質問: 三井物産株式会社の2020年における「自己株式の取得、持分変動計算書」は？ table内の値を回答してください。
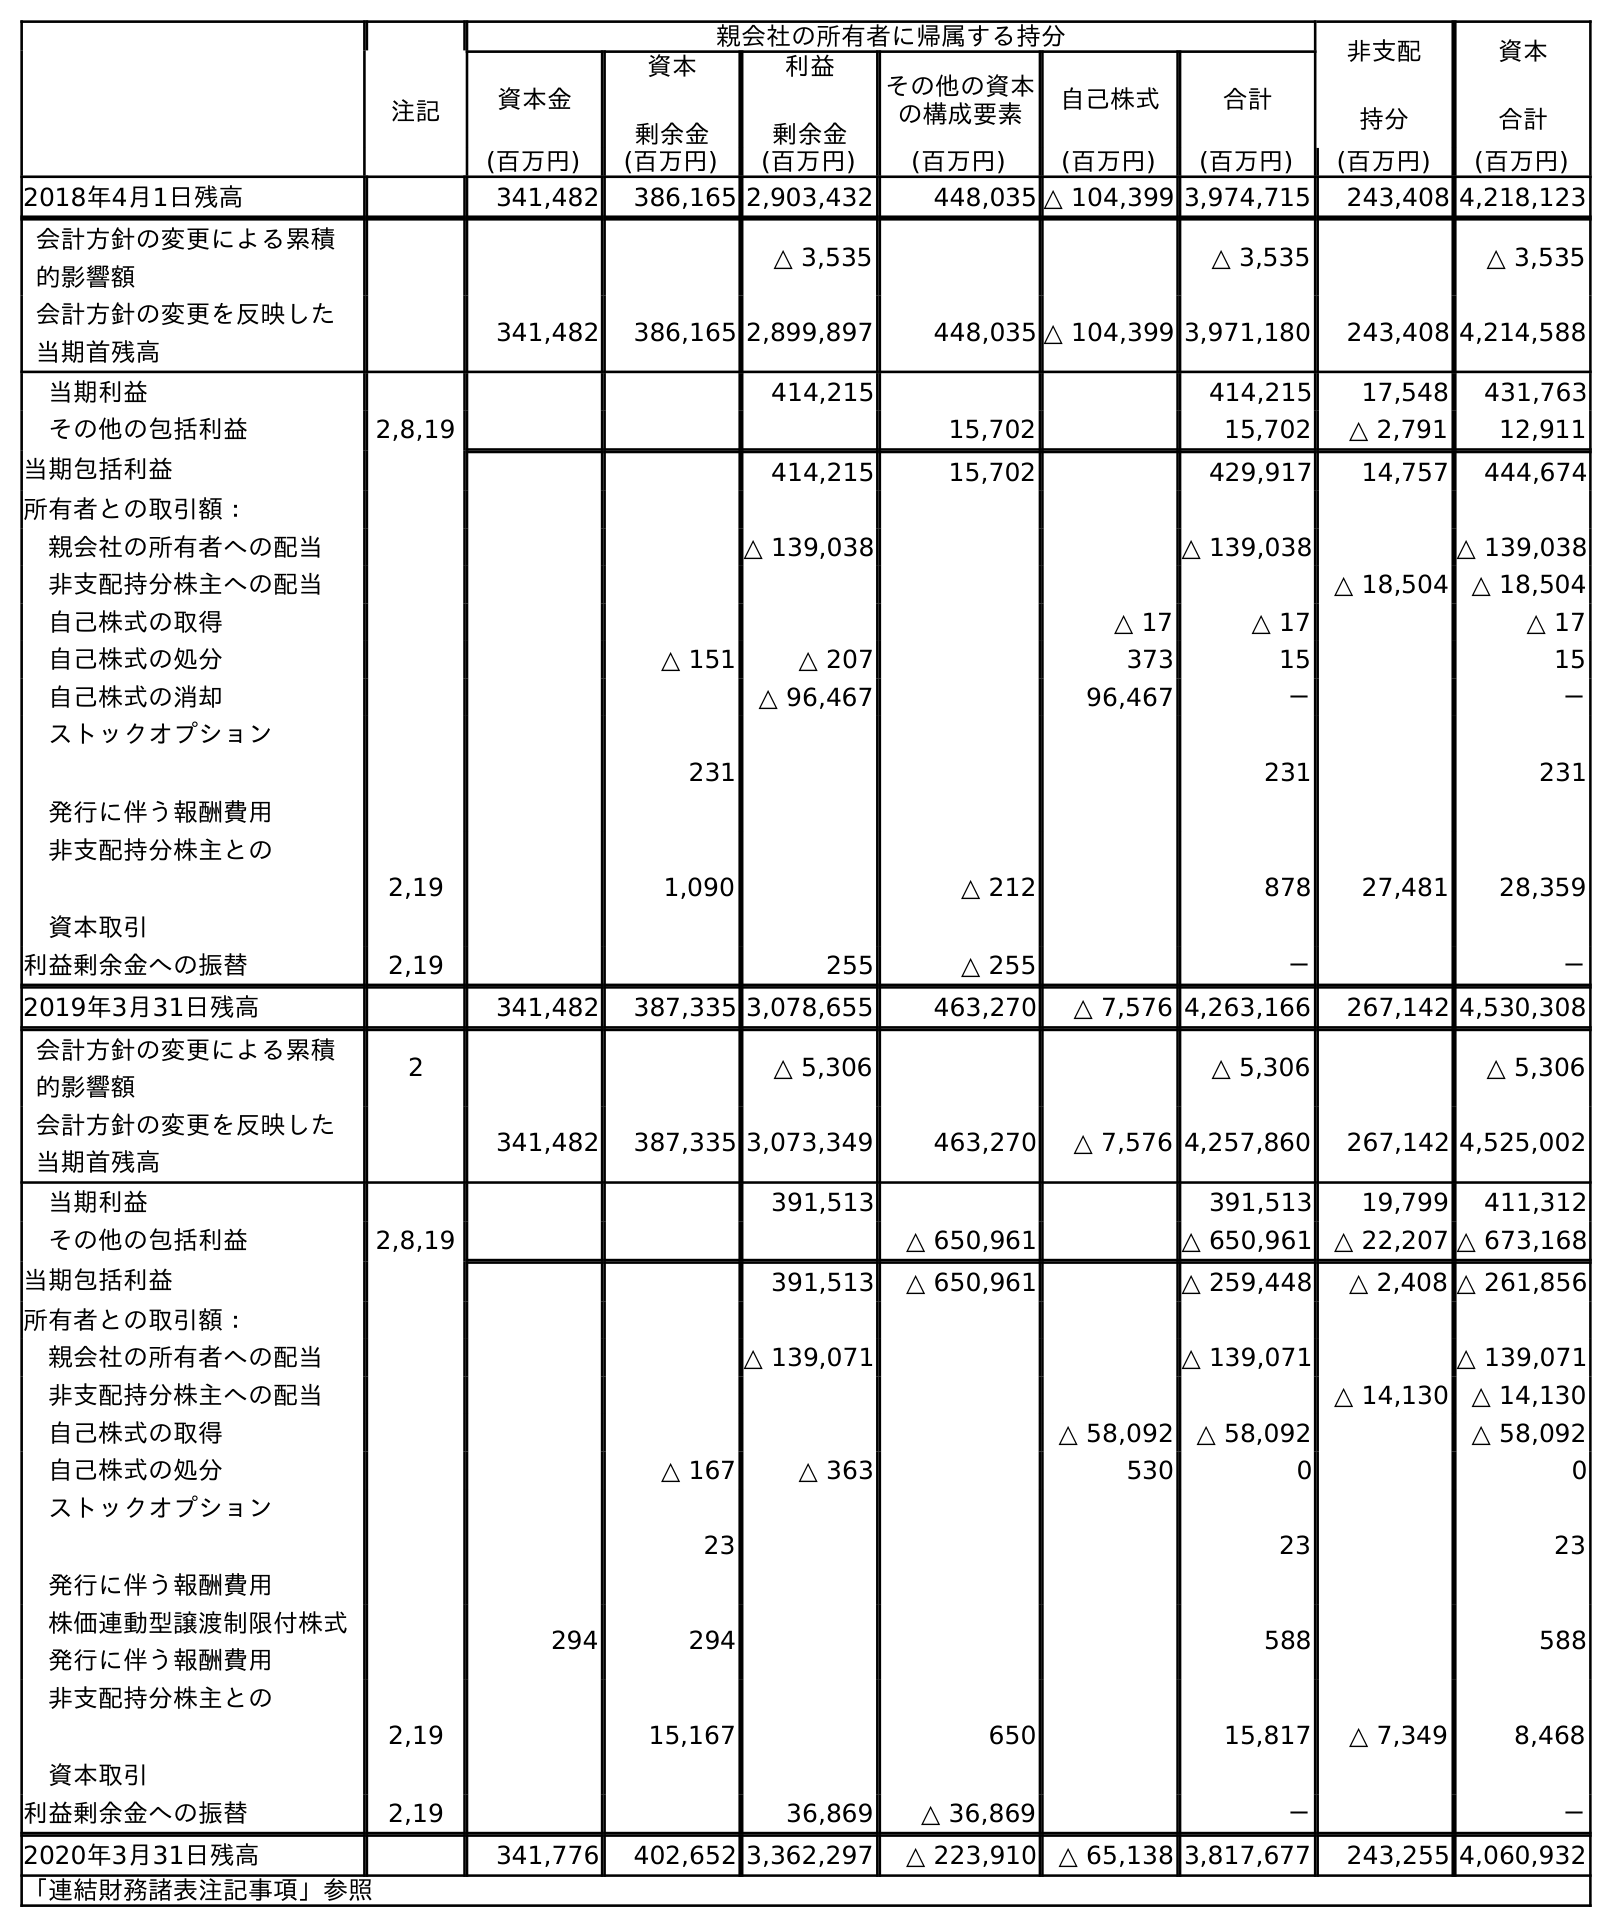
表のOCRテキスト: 親会社の所有者に帰属する持分 非支配 持分 資本 合計 注記 資本金 資本 剰余金 利益 剰余金 その他の資本 の構成要素 自己株式 合計 (百万円) (百万円) (百万円) (百万円) (百万円) (百万円) (百万円) (百万円) 2018年4月1日残高 341,482 386,165 2,903,432 448,035 △ 104,399 3,974,715 243,408 4,218,123 会計方針の変更による累積 的影響額 △ 3,535 △ 3,535 △ 3,535 会計方針の変更を反映した 当期首残高 341,482 386,165 2,899,897 448,035 △ 104,399 3,971,180 243,408 4,214,588 当期利益 414,215 414,215 17,548 431,763 その他の包括利益 2,8,19 15,702 15,702 △ 2,791 12,911 当期包括利益 414,215 15,702 429,917 14,757 444,674 所有者との取引額： 親会社の所有者への配当 △ 139,038 △ 139,038 △ 139,038 非支配持分株主への配当 △ 18,504 △ 18,504 自己株式の取得 △ 17 △ 17 △ 17 自己株式の処分 △ 151 △ 207 373 15 15 自己株式の消却 △ 96,467 96,467 － － ストックオプション 発行に伴う報酬費用 231 231 231 非支配持分株主との 資本取引 2,19 1,090 △ 212 878 27,481 28,359 利益剰余金への振替 2,19 255 △ 255 － － 2019年3月31日残高 341,482 387,335 3,078,655 463,270 △ 7,576 4,263,166 267,142 4,530,308 会計方針の変更による累積 的影響額 2 △ 5,306 △ 5,306 △ 5,306 会計方針の変更を反映した 当期首残高 341,482 387,335 3,073,349 463,270 △ 7,576 4,257,860 267,142 4,525,002 当期利益 391,513 391,513 19,799 411,312 その他の包括利益 2,8,19 △ 650,961 △ 650,961 △ 22,207 △ 673,168 当期包括利益 391,513 △ 650,961 △ 259,448 △ 2,408 △ 261,856 所有者との取引額： 親会社の所有者への配当 △ 139,071 △ 139,071 △ 139,071 非支配持分株主への配当 △ 14,130 △ 14,130 自己株式の取得 △ 58,092 △ 58,092 △ 58,092 自己株式の処分 △ 167 △ 363 530 0 0 ストックオプション 発行に伴う報酬費用 23 23 23 株価連動型譲渡制限付株式 発行に伴う報酬費用 294 294 588 588 非支配持分株主との 資本取引 2,19 15,167 650 15,817 △ 7,349 8,468 利益剰余金への振替 2,19 36,869 △ 36,869 － － 2020年3月31日残高 341,776 402,652 3,362,297 △ 223,910 △ 65,138 3,817,677 243,255 4,060,932 「連結財務諸表注記事項」参照
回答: △58,092